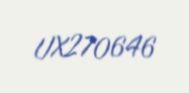
UX270646